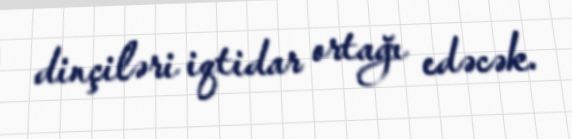
dinçiləri iqtidar ortağı edəcək.